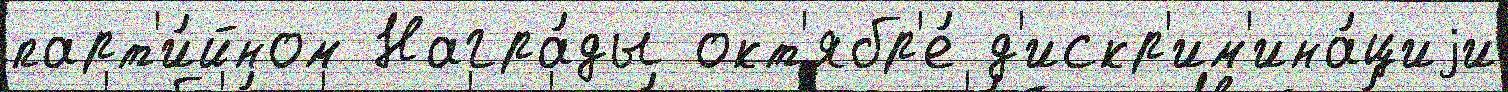
парт'и́йном Награ́ды окт'ябр'е́ д'искр'им'ина́циjи